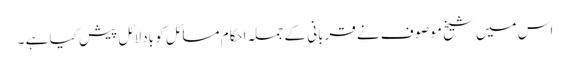
اس میں شیخ موصوف نے قربانی کے جملہ احکام مسائل کو بادلائل پیش کیا ہے ۔